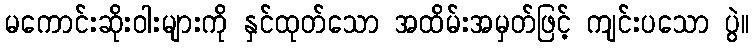
မကောင်းဆိုးဝါးများကို နှင်ထုတ်သော အထိမ်းအမှတ်ဖြင့် ကျင်းပသော ပွဲ။